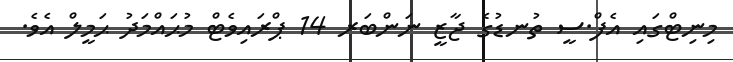
މިނިޓްގައި އެފް.ސީ ތުނޑުގެ ޖާޒީ ނަންބަރ 14 ޕްރައިވެޓް މުޙައްމަދު ޙަމީލް އެވެ.